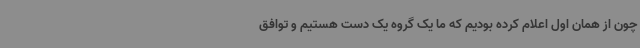
چون از همان اول اعلام کرده بودیم که ما یک گروه یک دست هستیم و توافق